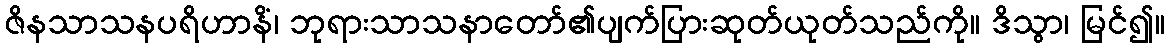
ဇိနသာသနပရိဟာနိံ၊ ဘုရားသာသနာတော်၏ပျက်ပြားဆုတ်ယုတ်သည်ကို။ ဒိသွာ၊ မြင်၍။